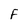
Character: F